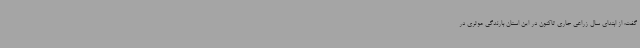
گفت: از ابتدای سال زراعی جاری تاکنون در این استان بارندگی موثری در